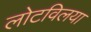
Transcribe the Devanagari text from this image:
लोटविलया